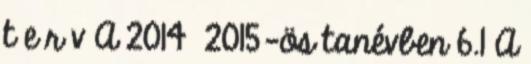
t e r v A 2014 2015-ös tanévben 6.1 A